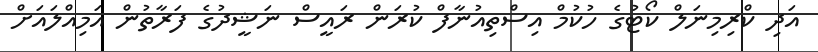
އަދި ކްރިމިނަލް ކޯޓުގެ ހުކުމް އިސްތިއުނާފް ކުރަން ރައީސް ނަޝީދުގެ ފަރާތުން އަމިއްލައަށް